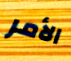
الأمر